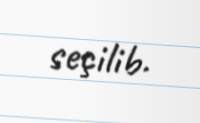
seçilib.